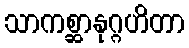
သာကစ္ဆာနုဂ္ဂဟိတာ